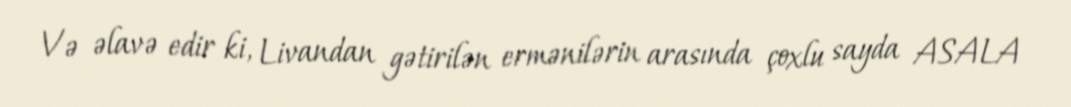
Və əlavə edir ki, Livandan gətirilən ermənilərin arasında çoxlu sayda ASALA